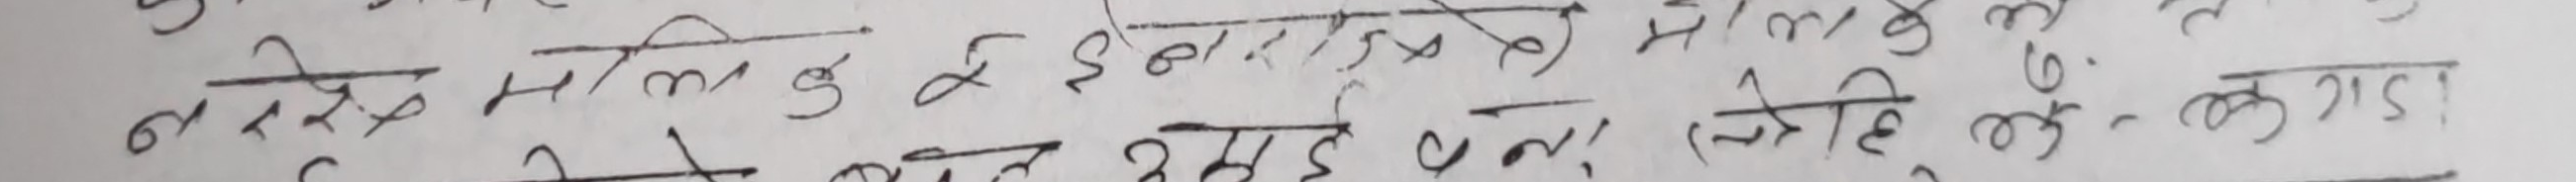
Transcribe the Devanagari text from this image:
नरखे मलिक कु इ इच्छा अनुसार मालोका के सेही छ गल कट्टा